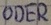
Text: ODER